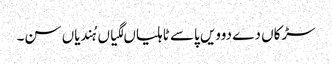
سڑکاں دے دوویں پاسے ٹاہلیاں لگیاں ہُندیاں سن۔